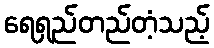
ရေရှည်တည်တံ့သည့်